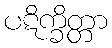
ပဋိက္ခိတ္တာ